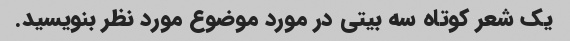
یک شعر کوتاه سه بیتی در مورد موضوع مورد نظر بنویسید.